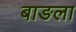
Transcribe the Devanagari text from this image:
बाङला